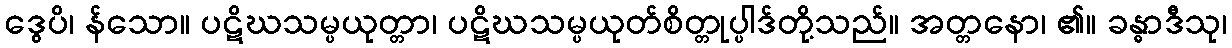
ဒွေပိ၊ န်သော။ ပဋိဃသမ္ပယုတ္တာ၊ ပဋိဃသမ္ပယုတ်စိတ္တုပ္ပါဒ်တို့သည်။ အတ္တနော၊ ၏။ ခန္ဓာဒီသု၊